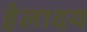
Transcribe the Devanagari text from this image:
हेलादय